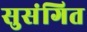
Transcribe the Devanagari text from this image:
सुसंगित